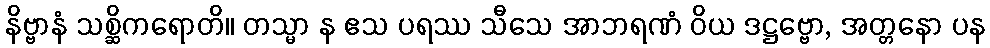
နိဗ္ဗာနံ သစ္ဆိကရောတိ။ တသ္မာ န ဧသ ပရဿ သီသေ အာဘရဏံ ဝိယ ဒဋ္ဌဗ္ဗော, အတ္တနော ပန